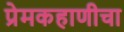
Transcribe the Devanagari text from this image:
प्रेमकहाणीचा